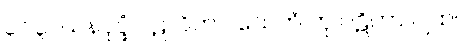
၃၁၃။ ဃနပုပ္ဖံ ပဋလိကာ၊ သေတံ တု ပဋိကာ ပျထ။